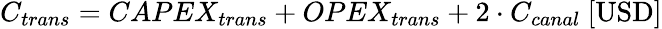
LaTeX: C_{trans}=CAPEX_{trans}+OPEX_{trans}+2\cdot C_{canal}\ [\mathrm{USD}]